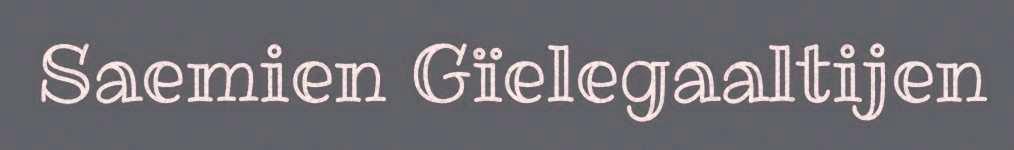
Saemien Gïelegaaltijen